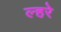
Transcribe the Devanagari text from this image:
ल्हरे